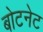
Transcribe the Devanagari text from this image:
बोटनेट